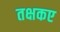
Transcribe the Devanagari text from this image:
तक्षकए